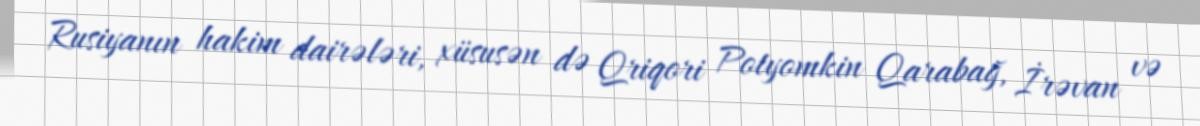
Rusiyanın hakim dairələri, xüsusən də Qriqori Potyomkin Qarabağ, İrəvan və